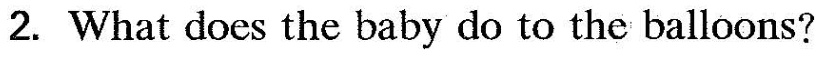
2. What does the baby do to the balloons?